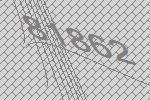
81862